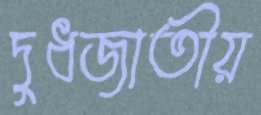
দুধজাতীয়